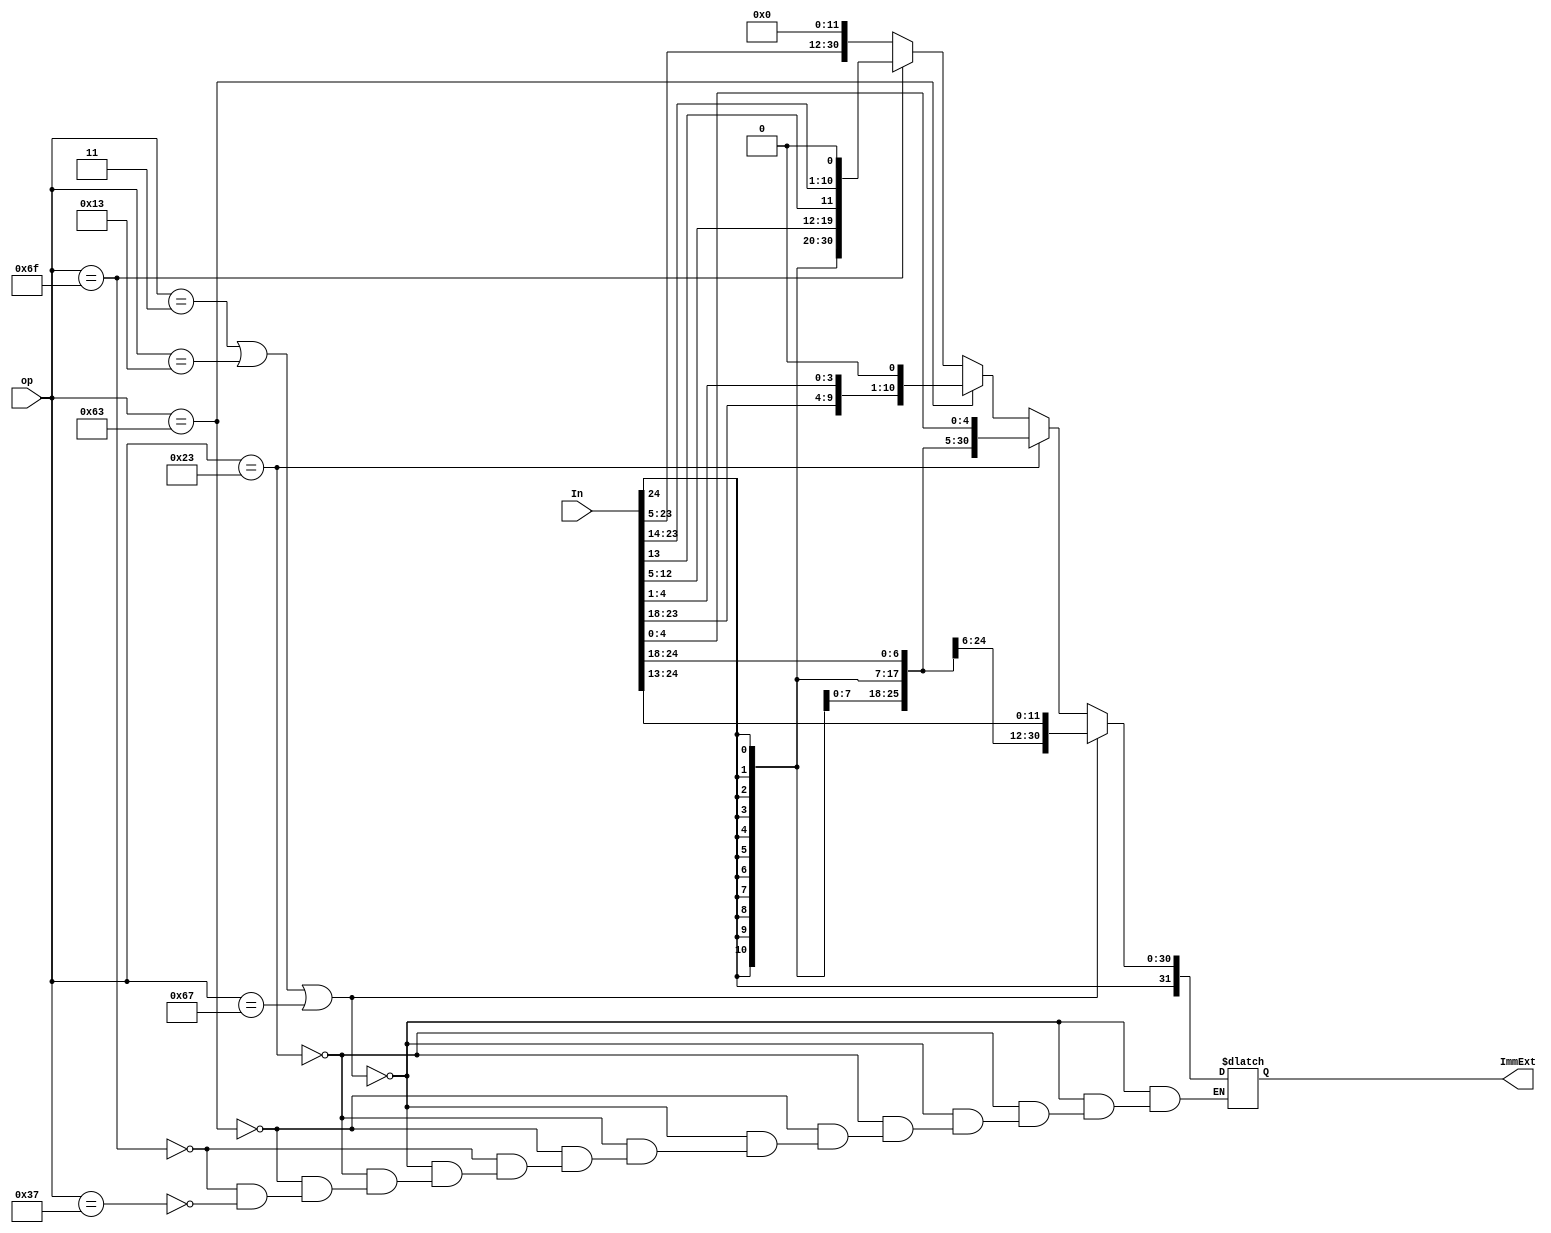
module Extend(input [24:0] In, input [6:0] op, output reg [31:0] ImmExt);

always @(op,In)
begin
if (op == 7'd3 || op == 7'd19 || op == 7'd103)
    ImmExt = {{20{In[24]}},In[24:13]};//i-type
else if (op == 7'd35)
    ImmExt = {{20{In[24]}},In[24:18],In[4:0]};//s-type
else if (op == 7'd99)
    ImmExt = {{19{In[24]}},In[24],In[0],In[23:18],In[4:1],1'b0};//b-type
else if (op == 7'd111)
    ImmExt = {{11{In[24]}},In[24], In[12:5],In[13],In[23:14],1'b0}; //j-type
else if (op == 7'd55)
    ImmExt = {In[24:5], 12'b0}; //lui
end
endmodule